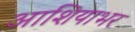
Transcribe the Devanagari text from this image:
आशियाभर